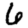
Digit: 6